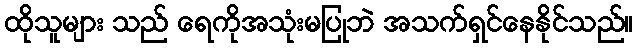
ထိုသူများ သည် ရေကိုအသုံးမပြုဘဲ အသက်ရှင်နေနိုင်သည်။